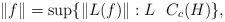
LaTeX: \begin{gather*}\|f\|=\sup\{\|L(f)\|: L~~C_c(H)\},\end{gather*}